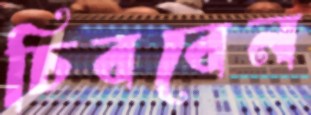
চিববেন